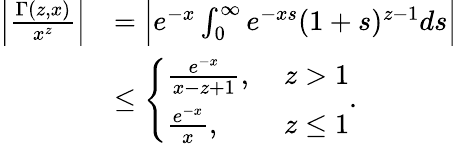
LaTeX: \begin{array}{rl}{\Big|\frac{\Gamma(z,x)}{x^{z}}\Big|}&{=\Big|e^{-x}\int_{0}^{\infty}e^{-xs}(1+s)^{z-1}ds\Big|}\\ &{\le\left\{ \begin{array}{ll}{\frac{e^{-x}}{x-z+1},}&{\ z>1}\\ {\frac{e^{-x}}{x},}&{\ z\le 1}\end{array}.\right.}\end{array}